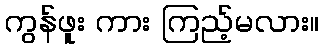
ကွန်ဖူး ကား ကြည့်မလား။